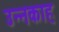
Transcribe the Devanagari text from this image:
उन्नकाह